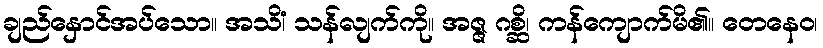
ချည်နှောင်အပ်သော။ အသိံ၊ သန်လျက်ကို။ အဇ္ဇ ဂစ္ဆိ၊ ကန်ကျောက်မိ၏။ တေနေဝ၊